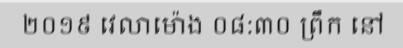
២០១៩ វេលាម៉ោង ០៨:៣០ ព្រឹក នៅ